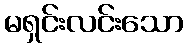
မရှင်းလင်းသော